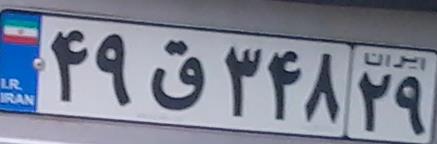
۴۹ق۳۴۸۲۹